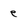
Character: e